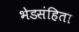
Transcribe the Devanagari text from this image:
भेडसंहिता